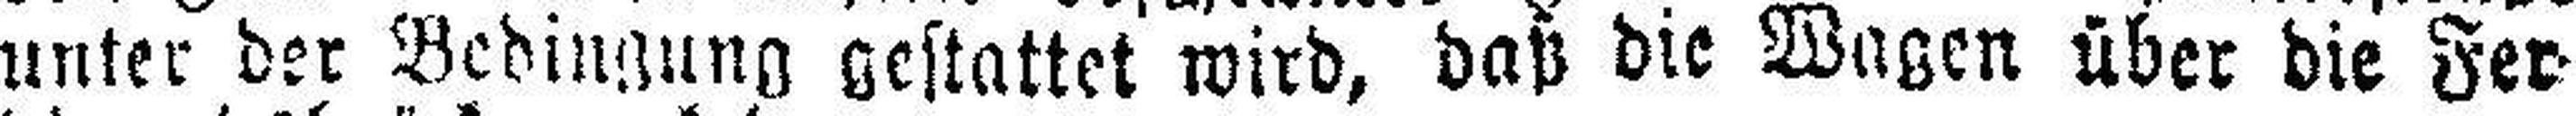
unter der Bedingung gestattet wird, daß die Wagen über die Fer¬